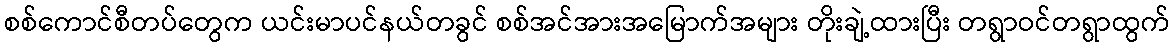
စစ်ကောင်စီတပ်တွေက ယင်းမာပင်နယ်တခွင် စစ်အင်အားအမြောက်အများ တိုးချဲ့ထားပြီး တရွာဝင်တရွာထွက်